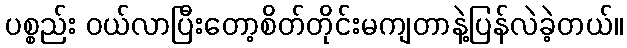
ပစ္စည်း ဝယ်လာပြီးတော့စိတ်တိုင်းမကျတာနဲ့ပြန်လဲခဲ့တယ်။